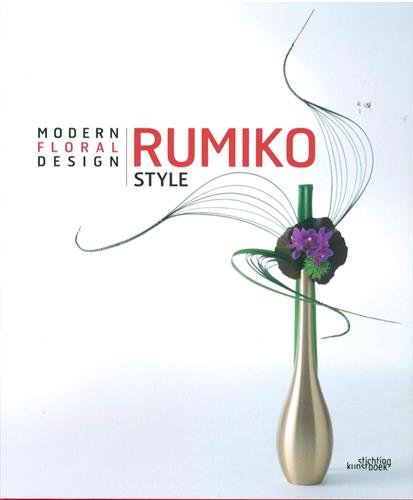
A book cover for Rumiko Style: Modern Floral Design (English and French Edition); Rumiko Manako; Crafts, Hobbies & Home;